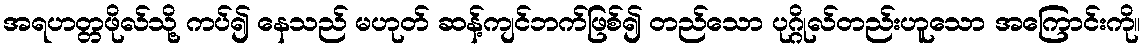
အရဟတ္တဖိုလ်သို့ ကပ်၍ နေသည် မဟုတ် ဆန့်ကျင်ဘက်ဖြစ်၍ တည်သော ပုဂ္ဂိုလ်တည်းဟူသော အကြောင်းကို။